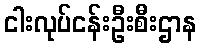
ငါးလုပ်ငန်းဦးစီးဌာန